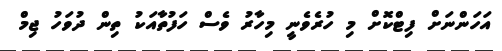
އަހަންނަށް ފިޓްކޮށް މި ހުރެވެނީ މިހާރު ވެސް ހަފުތާއަކު ތިން ދުވަހު ޖިމް